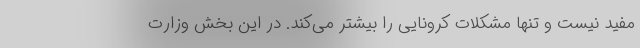
مفید نیست و تنها مشکلات کرونایی را بیشتر می‌کند. در این بخش وزارت